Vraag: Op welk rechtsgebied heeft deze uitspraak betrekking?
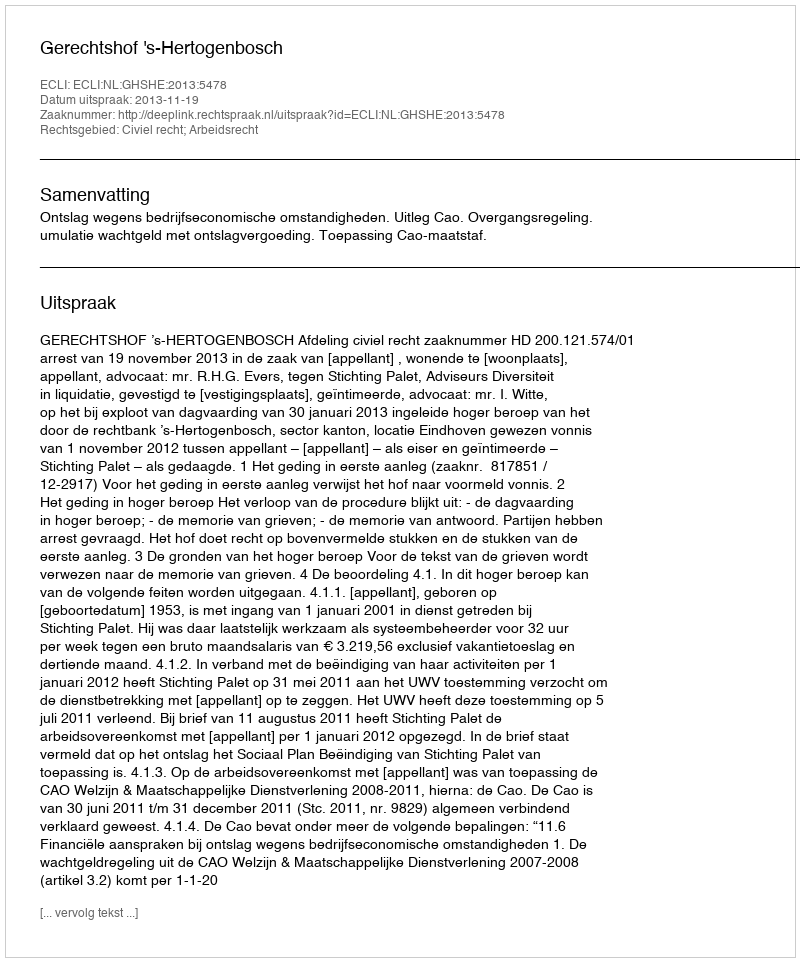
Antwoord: Civiel recht; Arbeidsrecht